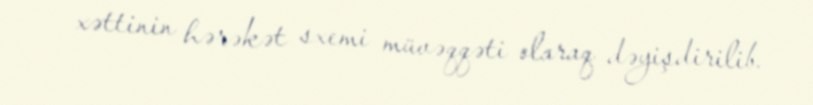
xəttinin hərəkət sxemi müvəqqəti olaraq dəyişdirilib.